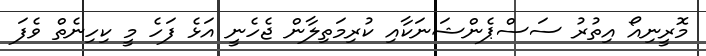
މޮރީނިއޯ އިތުރު ސަސްޕެންޝަނަކާއި ކުރިމަތިލާން ޖެހެނީ އަޅެ ފަހެ މީ ކިހިނެތް ވެފަ